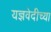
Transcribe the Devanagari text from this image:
यज्ञवेदीच्या